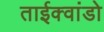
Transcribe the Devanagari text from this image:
ताईक्वांडो